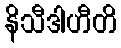
နိသီဒါဟီတိ